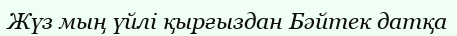
Жүз мың үйлі қырғыздан Бәйтек датқа